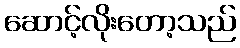
ဆောင့်လိုးတော့သည်